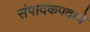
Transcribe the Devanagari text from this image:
संपादकपदाचे